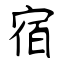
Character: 宿